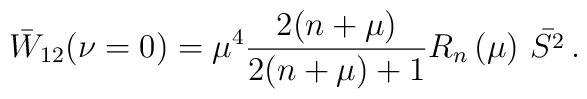
\bar{W}_{12}(\nu =0)=\mu ^{4}\frac{2(n+\mu )}{2(n+\mu )+1}R_{n}\left( \mu\right) \,\bar{S^{2}}\,.